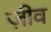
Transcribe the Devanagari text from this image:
ज़ीव